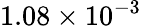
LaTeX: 1.08\times 10^{-3}